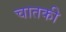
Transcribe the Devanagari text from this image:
चातकी